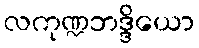
လကုဏ္ဍဘဒ္ဒိယော